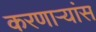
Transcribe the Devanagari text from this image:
करणाऱ्यांस